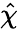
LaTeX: \hat{\chi}